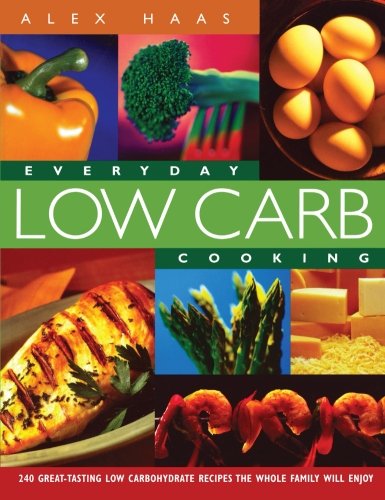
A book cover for Everyday Low Carb Cooking: 240 Great-Tasting Low Carbohydrate Recipes the Whole Family will Enjoy; Alex Haas; Cookbooks, Food & Wine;